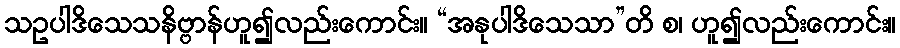
သဥပါဒိသေသနိဗ္ဗာန်ဟူ၍လည်းကောင်း။ “အနုပါဒိသေသာ”တိ စ၊ ဟူ၍လည်းကောင်း။